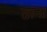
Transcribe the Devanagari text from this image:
ढाना